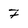
Character: 7